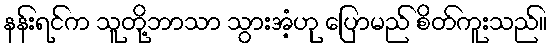
နန်းရင်က သူတို့ဘာသာ သွားအံ့ဟု ပြောမည် စိတ်ကူးသည်။